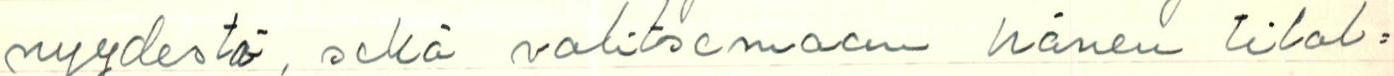
nyydestä, sekä valitsemaan hänen tilal=